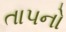
તાપનો